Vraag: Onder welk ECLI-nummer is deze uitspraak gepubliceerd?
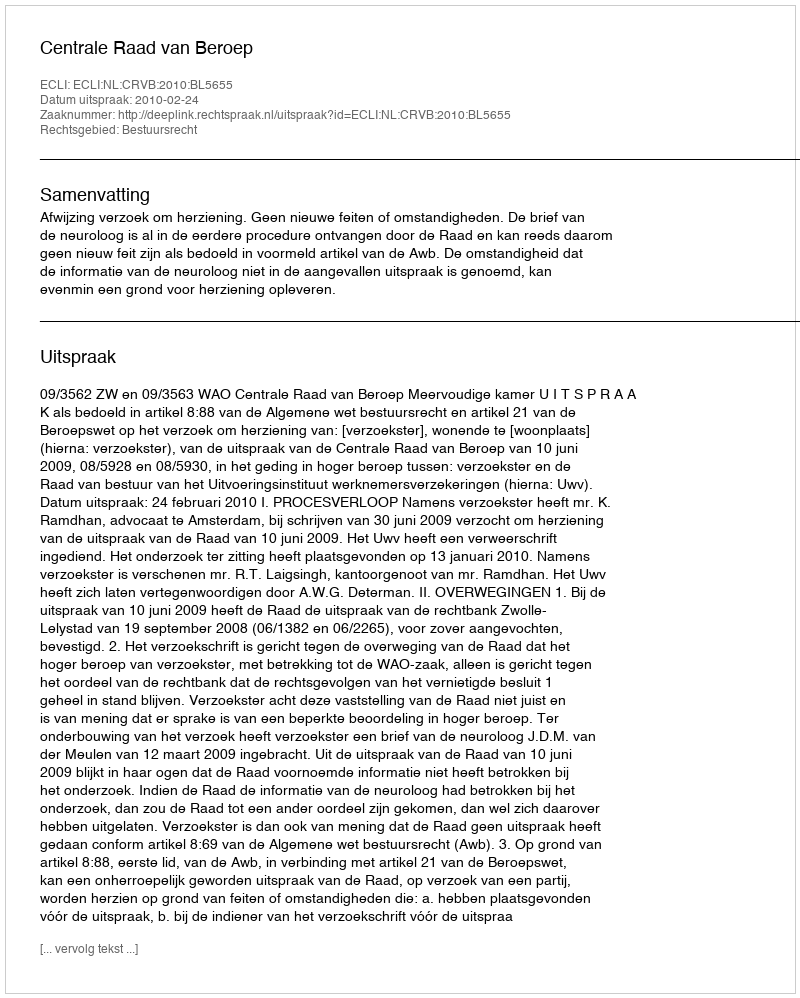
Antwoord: ECLI:NL:CRVB:2010:BL5655